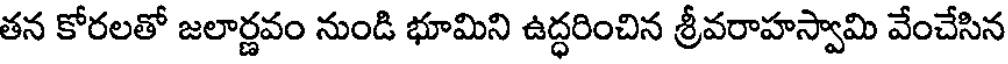
తన కోరలతో జలార్ణవం నుండి భూమిని ఉద్ధరించిన శ్రీవరాహస్వామి వేంచేసిన